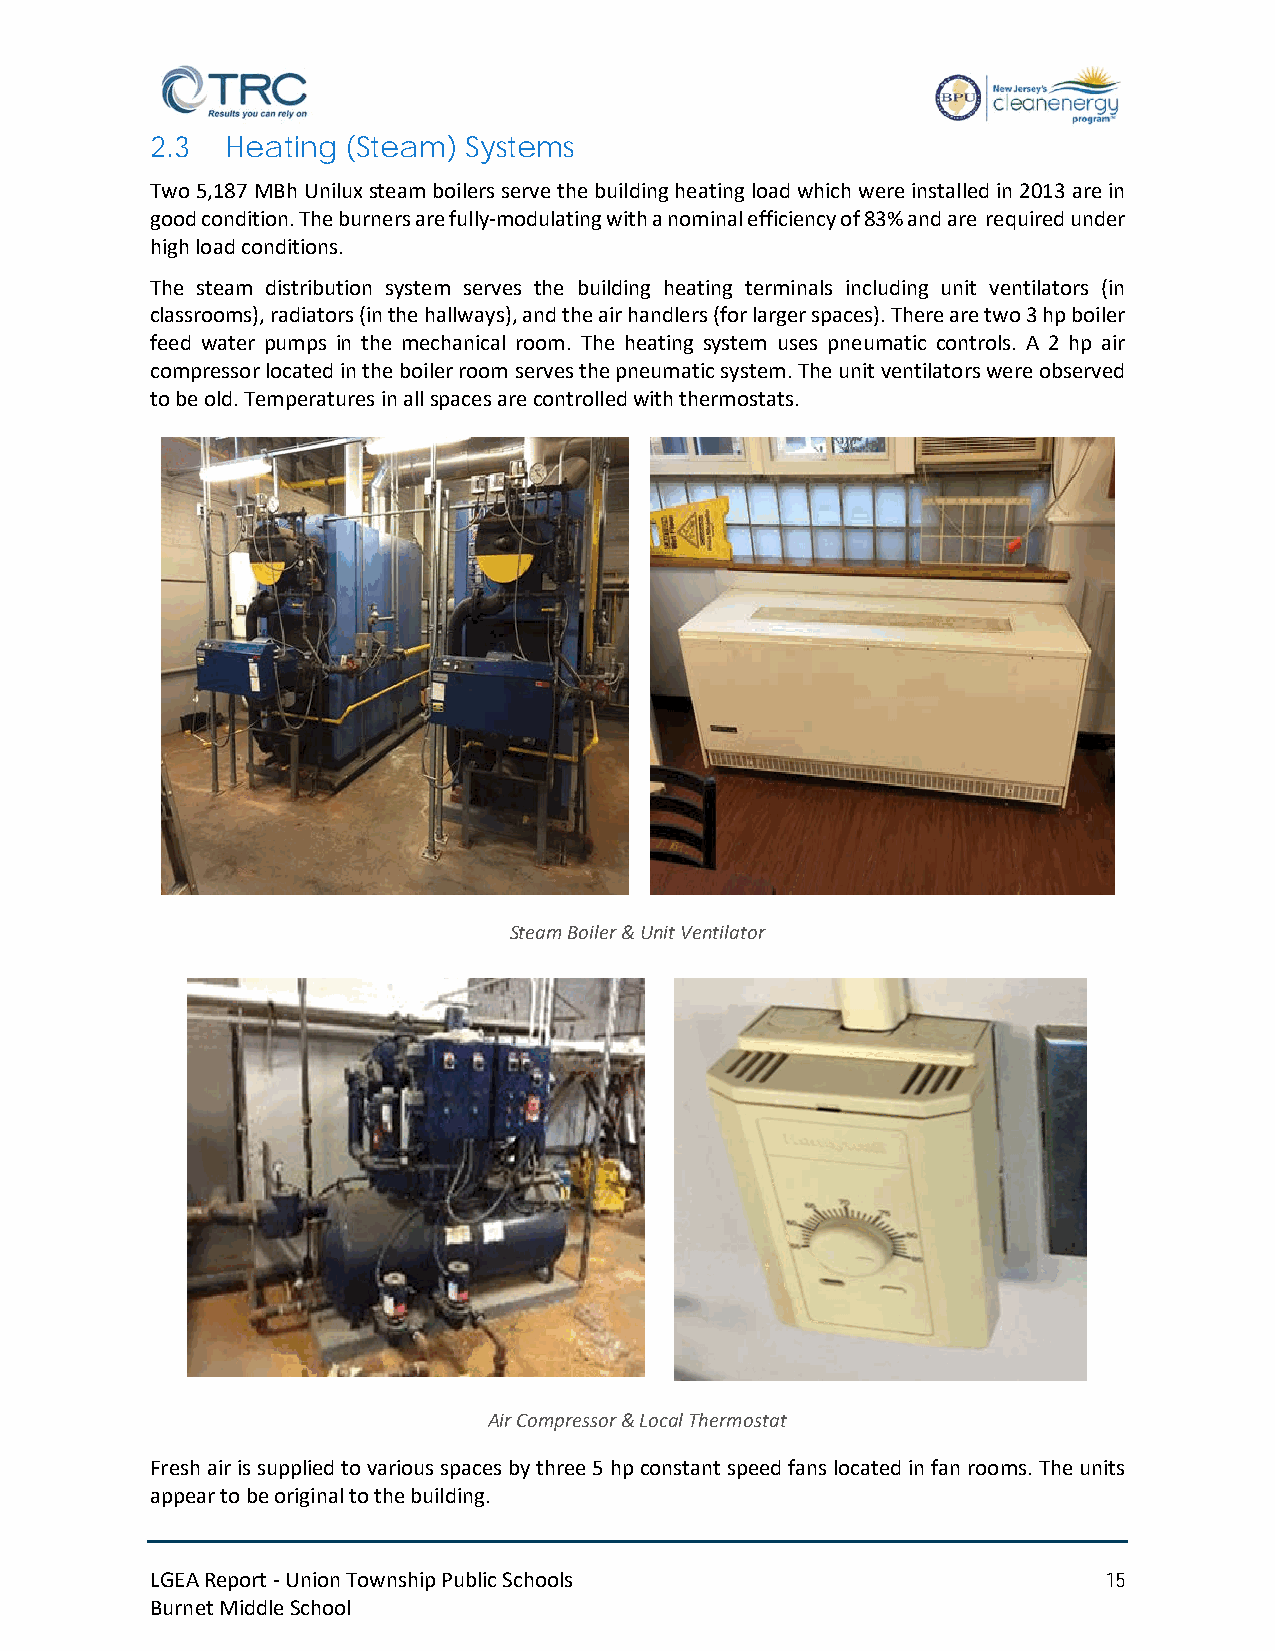
2.3  Heating (Steam) Systems
 Two 5,187 MBh Unilux steam boilers serve the building heating load which were installed in 2013 are in
 good condition. The burners are fully-modulating with a nominal efficiency of 83% and are required under
 high load conditions.
 The steam distribution system serves the building heating terminals including unit ventilators (in
 classrooms), radiators (in the hallways), and the air handlers (for larger spaces). There are two 3 hp boiler
 feed water pumps in the mechanical room. The heating system uses pneumatic controls. A 2 hp air
 compressor located in the boiler room serves the pneumatic system. The unit ventilators were observed
 to be old. Temperatures in all spaces are controlled with thermostats.
 Steam Boiler & Unit Ventilator
 Air Compressor & Local Thermostat
 Fresh air is supplied to various spaces by three 5 hp constant speed fans located in fan rooms. The units
 appear to be original to the building.
 LGEA Report - Union Township Public Schools                    15
 Burnet Middle School